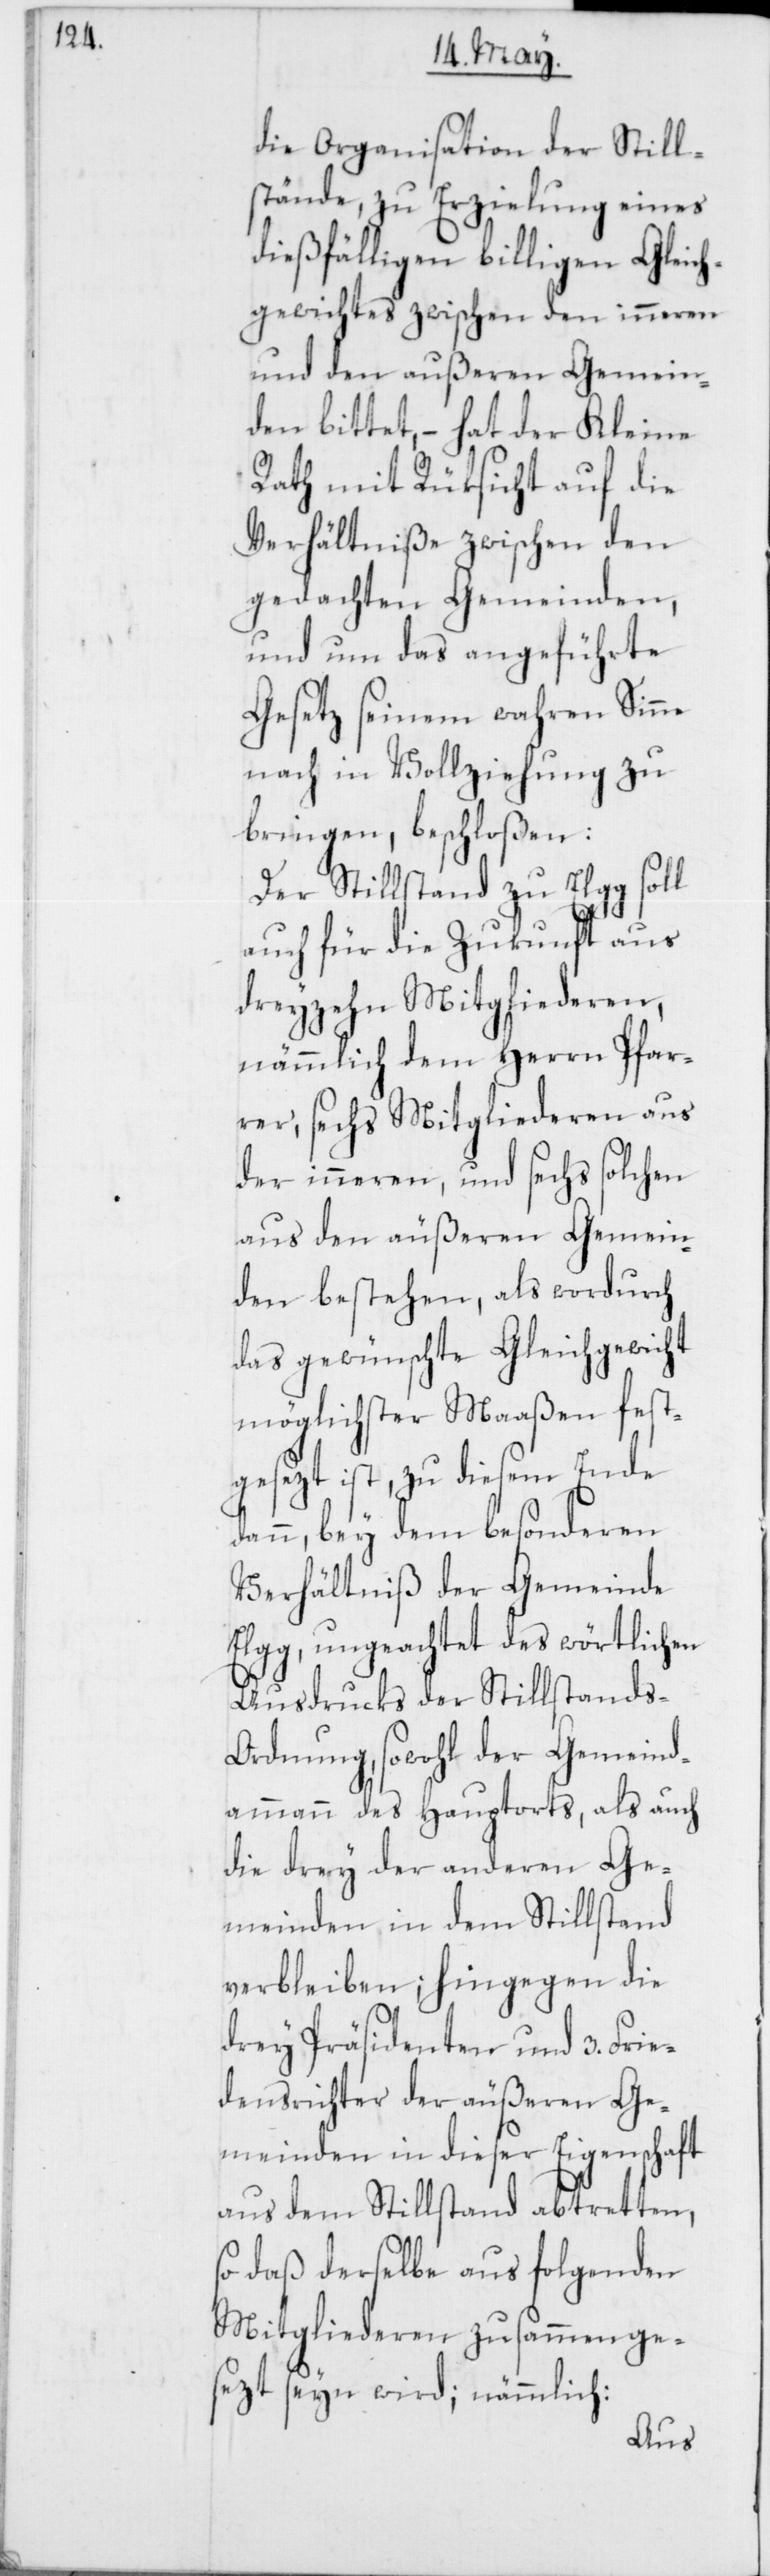
die Organisation der Still¬
stände, zu Erzielung eines
dießfälligen billigen Gleich¬
gewichtes zwischen den inneren
und den äußeren Gemein¬
den bittet, – hat der Kleine
Rath mit Rüksicht auf die
Verhältniße zwischen den
gedachten Gemeinden,
und um das angeführte
Gesetz seinem wahren Sinne
nach in Vollziehung zu
bringen, beschloßen:
Der Stillstand zu Elgg soll
auch für die Zukunft aus
dreyzehn Mitgliederen,
nämmlich dem Herrn Pfar¬
rer, sechs Mitgliederen aus
der inneren, und sechs solchen
aus den äußeren Gemein¬
den bestehen, als wordurch
das gewünschte Gleichgewicht
möglichster Maaßen fest¬
gesezt ist, zu diesem Ende
dann, bey dem besonderen
Verhältniß der Gemeinde
Elgg, ungeachtet des wörtlichen
Ausdrucks der Stillstands-O¬
rdnung, sowohl der Gemeind¬
ammann des Hauptorts, als auch
die drey der anderen Ge¬
meinden in dem Stillstand
verbleiben; hingegen die
drey Präsidenten und 3. Frie¬
densrichter der äußeren Ge¬
meinden in dieser Eigenschaft
aus dem Stillstand abtretten,
so daß derselbe aus folgenden
Mitgliederen zusammenge¬
sezt seyn wird, nämmlich: